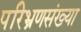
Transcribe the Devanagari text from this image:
परिभ्रणसंख्या